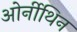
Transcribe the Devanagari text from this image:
ओर्नीथिन